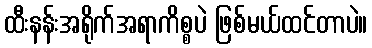
ထီးနန်းအရိုက်အရာကိစ္စပဲ ဖြစ်မယ်ထင်တာပဲ။